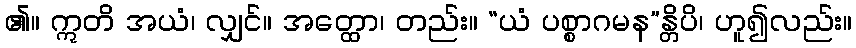
၏။ ဣတိ အယံ၊ လျှင်။ အတ္ထော၊ တည်း။ “ယံ ပစ္စာဂမန”န္တိပိ၊ ဟူ၍လည်း။